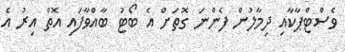
ވެސްޓްޕާކާއި ދިމާލުން ފެންނަ ގޮތަށް އެ ބޯޓު ބާއްވާފައި އޮތް އިރު އެ